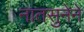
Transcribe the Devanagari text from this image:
नातसुनेने